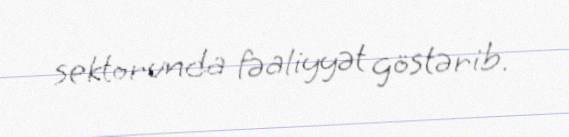
sektorunda fəaliyyət göstərib.